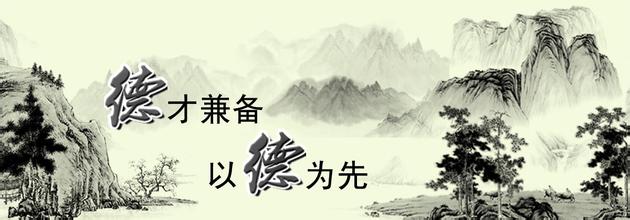
不知则问，不能则学，虽能必让，然后为德。